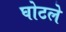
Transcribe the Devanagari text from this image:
घोटले